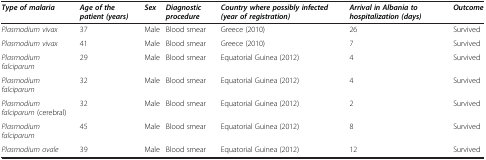
| Type of malaria | Age of the patient (years) | Sex | Diagnostic procedure | Country where possibly infected (year of registration) | Arrival in Albania to hospitalization (days) | Outcome |
 | --- | --- | --- | --- | --- | --- | --- |
 | Plasmodium vivax | 37 | Male | Blood smear | Greece (2010) | 26 | Survived |
 | Plasmodium vivax | 41 | Male | Blood smear | Greece (2010) | 7 | Survived |
 | Plasmodium falciparum | 29 | Male | Blood smear | Equatorial Guinea (2012) | 4 | Survived |
 | Plasmodium falciparum | 32 | Male | Blood smear | Equatorial Guinea (2012) | 4 | Survived |
 | Plasmodium falciparum (cerebral) | 32 | Male | Blood smear | Equatorial Guinea (2012) | 2 | Survived |
 | Plasmodium falciparum | 45 | Male | Blood smear | Equatorial Guinea (2012) | 8 | Survived |
 | Plasmodium ovale | 39 | Male | Blood smear | Equatorial Guinea (2012) | 12 | Survived |